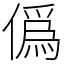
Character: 僞